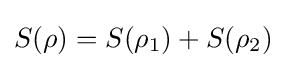
S(\rho )=S(\rho _{1})+S(\rho _{2})